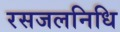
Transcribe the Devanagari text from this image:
रसजलनिधि